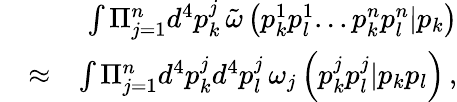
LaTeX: \begin{array}{rlr}&{}&{\int\Pi_{j=1}^{n}d^{4}p_{k}^{j}\, \tilde{\omega}\left(p_{k}^{1}p_{l}^{1}...p_{k}^{n}p_{l}^{n}|p_{k}\right)}\\ &{\approx}&{\int\Pi_{j=1}^{n}d^{4}p_{k}^{j}d^{4}p_{l}^{j}\, \omega_{j}\left(p_{k}^{j}p_{l}^{j}|p_{k}p_{l}\right)\, ,}\end{array}